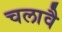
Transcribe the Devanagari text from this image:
चलावै